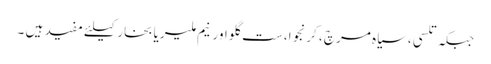
جبکہ تلسی ،سیاہ مرچ ، کرنجوا، ست گلو اورنیم ملیریا بخار کیلئے مفید ہیں ۔